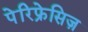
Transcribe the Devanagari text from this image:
पेरिफ्रेसिज़